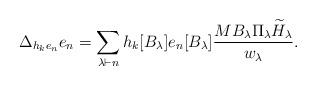
LaTeX: \begin{align*} \Delta_{h_k e_n} e_n = \sum_{\lambda \vdash n} h_k[B_{\lambda}] e_n[B_{\lambda}] \frac{M B_{\lambda} \Pi_{\lambda} \widetilde{H}_{\lambda}}{w_{\lambda}}.\end{align*}